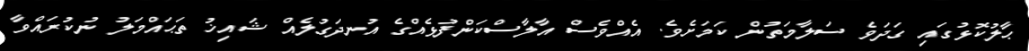
ޙާލުކޮޅުގައި ގަދަވެ ސަލާމަތުން ކަމަށެވެ. އެއްވެސް އާލާސްކަންފުޅެއްގެ އުނދަގުލެއް ޝައިޚު ތަޙައްމަލު ނުކުރައްވާ